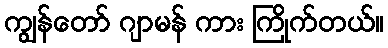
ကျွန်တော် ဂျာမန် ကား ကြိုက်တယ်။